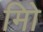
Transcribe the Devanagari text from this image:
मिो